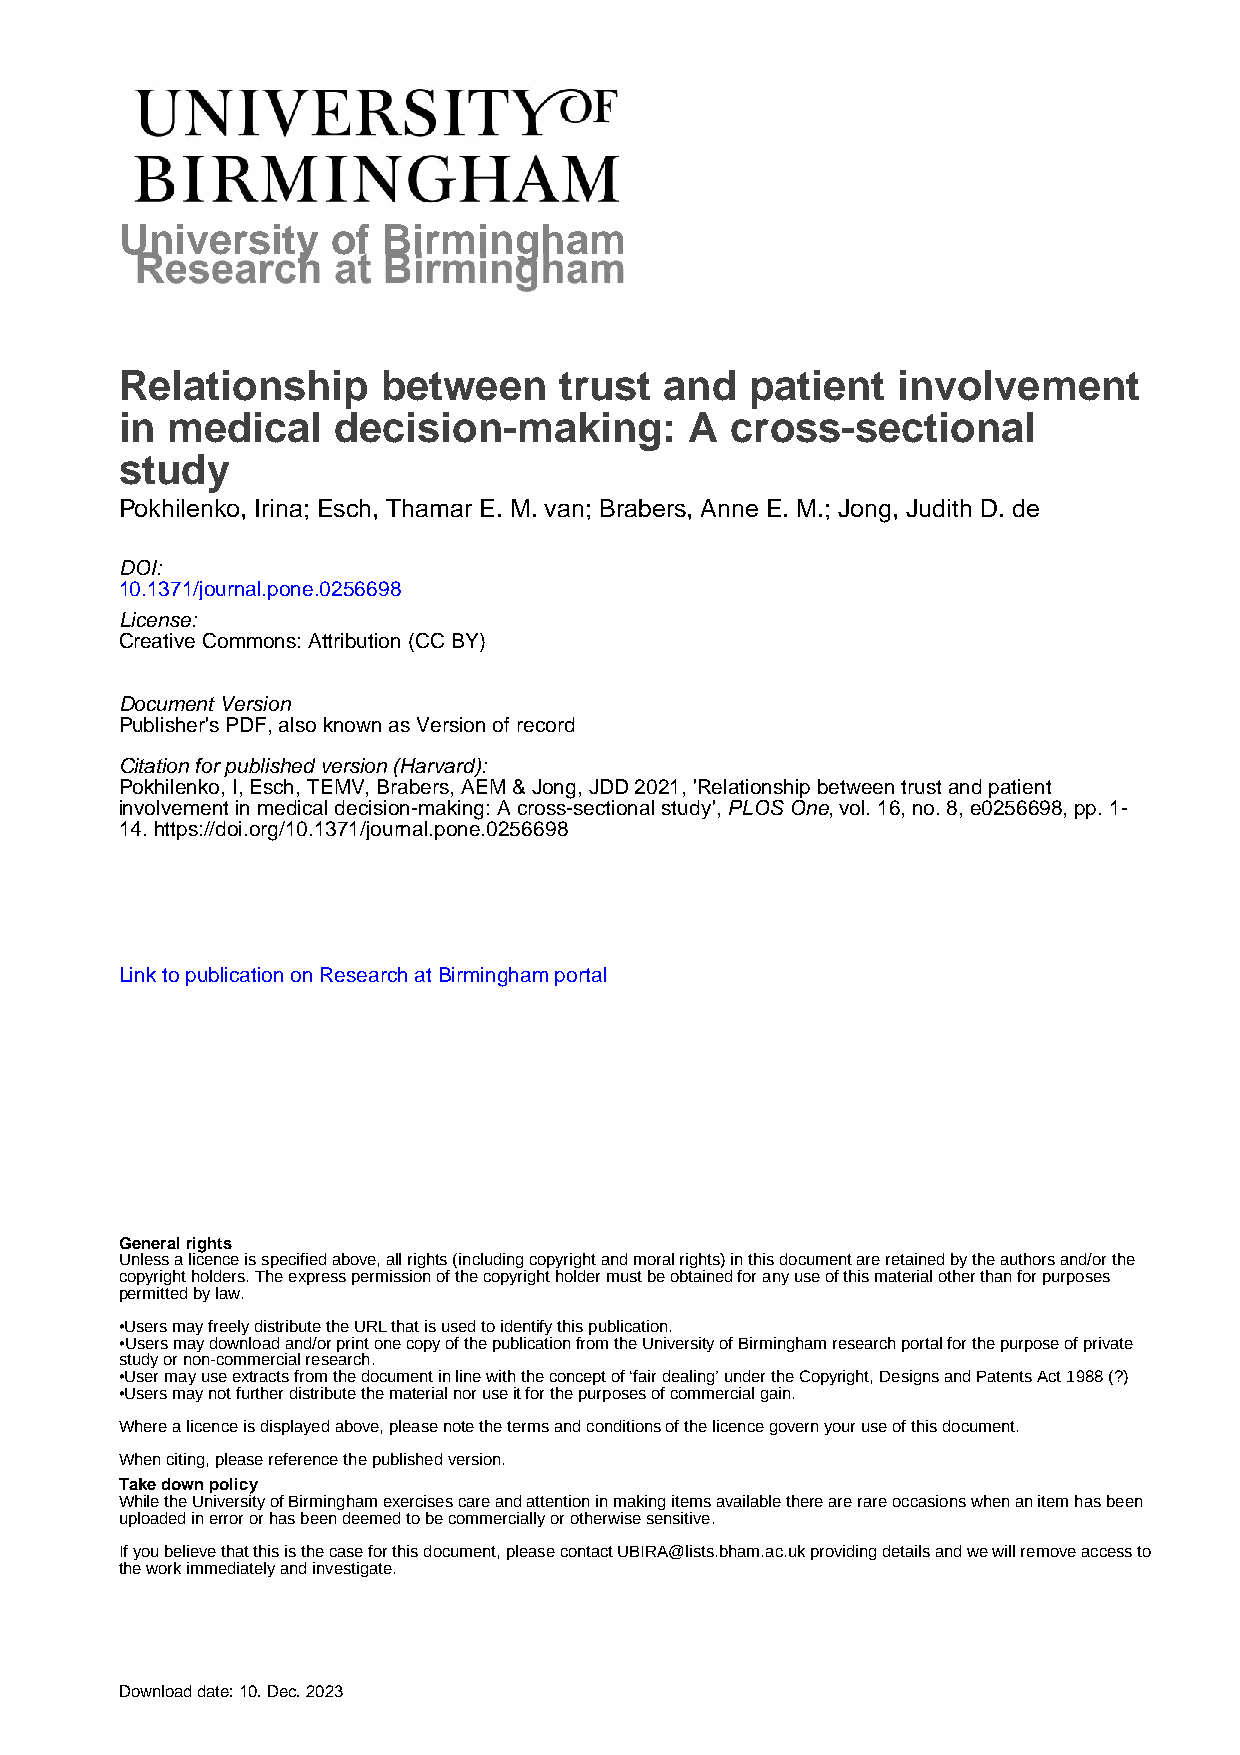
University    of Birmingham
 Relationship     between     trust  and   patient  involvement
 in medical    decision-making:        A cross-sectional
 study
 Pokhilenko, Irina; Esch, Thamar E. M. van; Brabers, Anne E. M.; Jong, Judith D. de
 DOI:
 10.1371/journal.pone.0256698
 License:
 Creative Commons: Attribution (CC BY)
 Document Version
 Publisher's PDF, also known as Version of record
 Citation for published version (Harvard):
 Pokhilenko, I, Esch, TEMV, Brabers, AEM & Jong, JDD 2021, 'Relationship between trust and patient
 involvement in medical decision-making: A cross-sectional study', PLOS One, vol. 16, no. 8, e0256698, pp. 1-
 14. https://doi.org/10.1371/journal.pone.0256698
 Link to publication on Research at Birmingham portal
 General rights
 Unless a licence is specified above, all rights (including copyright and moral rights) in this document are retained by the authors and/or the
 copyright holders. The express permission of the copyright holder must be obtained for any use of this material other than for purposes
 permitted by law.
 •Users may freely distribute the URL that is used to identify this publication.
 •Users may download and/or print one copy of the publication from the University of Birmingham research portal for the purpose of private
 study or non-commercial research.
 •User may use extracts from the document in line with the concept of ‘fair dealing’ under the Copyright, Designs and Patents Act 1988 (?)
 •Users may not further distribute the material nor use it for the purposes of commercial gain.
 Where a licence is displayed above, please note the terms and conditions of the licence govern your use of this document.
 When citing, please reference the published version.
 Take down policy
 While the University of Birmingham exercises care and attention in making items available there are rare occasions when an item has been
 uploaded in error or has been deemed to be commercially or otherwise sensitive.
 If you believe that this is the case for this document, please contact UBIRA@lists.bham.ac.uk providing details and we will remove access to
 the work immediately and investigate.
 Download date: 10. Dec. 2023